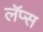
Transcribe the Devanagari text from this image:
लॅप्स